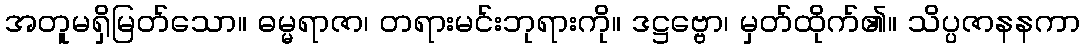
အတူမရှိမြတ်သော။ ဓမ္မရာဇာ၊ တရားမင်းဘုရားကို။ ဒဋ္ဌဗ္ဗော၊ မှတ်ထိုက်၏။ သိပ္ပဇာနနကာ